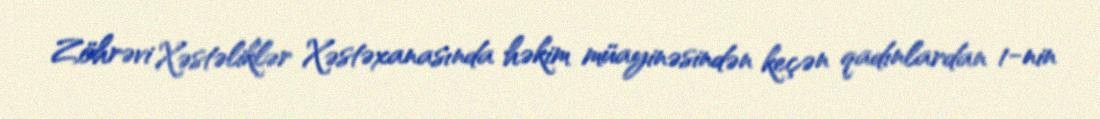
Zöhrəvi Xəstəliklər Xəstəxanasında həkim müayinəsindən keçən qadınlardan 1-nin